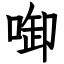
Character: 啣